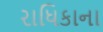
રાધિકાના